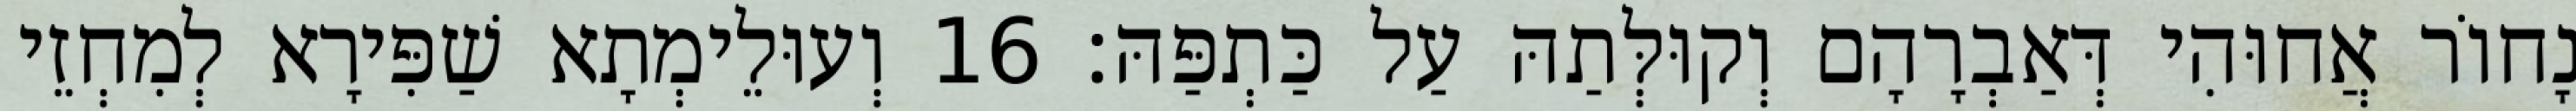
נָחוֹר אֲחוּהִי דְּאַבְרָהָם וְקוּלְּתַהּ עַל כַּתְפַּהּ׃ 16 וְעוּלֵימְתָא שַׁפִּירָא לְמִחְזֵי